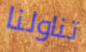
تناولنا